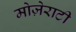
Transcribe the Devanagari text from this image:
मोज़ेराटी